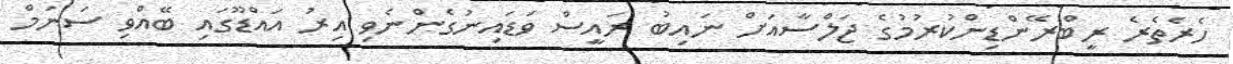
ހެރެތެރެ ރީބްރޭންޑިންކުރުމުގެ ޖަލްސާއަށް ނައިބު ރައީސް ވަޑައިނުގެންނެވި އިރު އައްޑޫގައި ބޭއްވި ސަނަމް